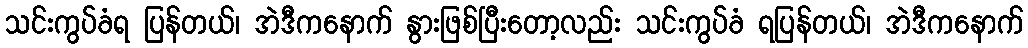
သင်းကွပ်ခံရ ပြန်တယ်၊ အဲဒီကနောက် နွားဖြစ်ပြီးတော့လည်း သင်းကွပ်ခံ ရပြန်တယ်၊ အဲဒီကနောက်